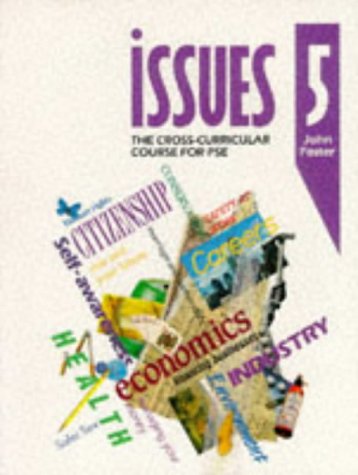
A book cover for Issues 9 - Pupil Book 5: the Cross-curricular Course for PSE (Issues - the Cross-curriculur Course for PSE) (Bk.5); Teen & Young Adult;